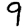
Digit: 9